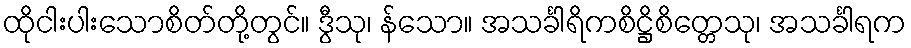
ထိုငါးပါးသောစိတ်တို့တွင်။ ဒွီသု၊ န်သော။ အသင်္ခါရိကစိဋ္ဌိစိတ္တေသု၊ အသင်္ခါရက